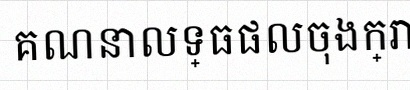
គណនាលទ្ធផលចុងក្រោយ